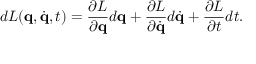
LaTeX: d L ( \mathbf { q } , { \dot { \mathbf { q } } } , t ) = { \frac { \partial L } { \partial \mathbf { q } } } d \mathbf { q } + { \frac { \partial L } { \partial { \dot { \mathbf { q } } } } } d { \dot { \mathbf { q } } } + { \frac { \partial L } { \partial t } } d t .